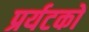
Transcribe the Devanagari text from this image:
प्रर्यटकों